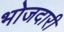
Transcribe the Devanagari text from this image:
भोजदारी